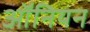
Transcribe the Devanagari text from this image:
ऑनियन